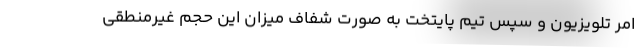
امر تلویزیون و سپس تیم پایتخت به صورت شفاف میزان این حجم غیرمنطقی